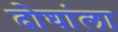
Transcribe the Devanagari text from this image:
दोघांला